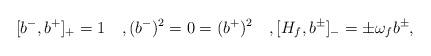
LaTeX: \begin{align*}[b^-, b^+]_{+} = 1 \quad, (b^-)^{2} = 0 =(b^+)^{2} \quad, [H_f, b^{\pm}]_{-}=\pm \omega_f b^{\pm},\end{align*}